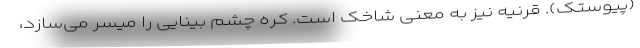
(پیوستک). قرنیه نیز به معنی شاخک است. کره چشم بینایی را میسر می‌سازد،